65_HS1-834228961_62-HQ-83894_Section_5
Agency: FBI
Page 1
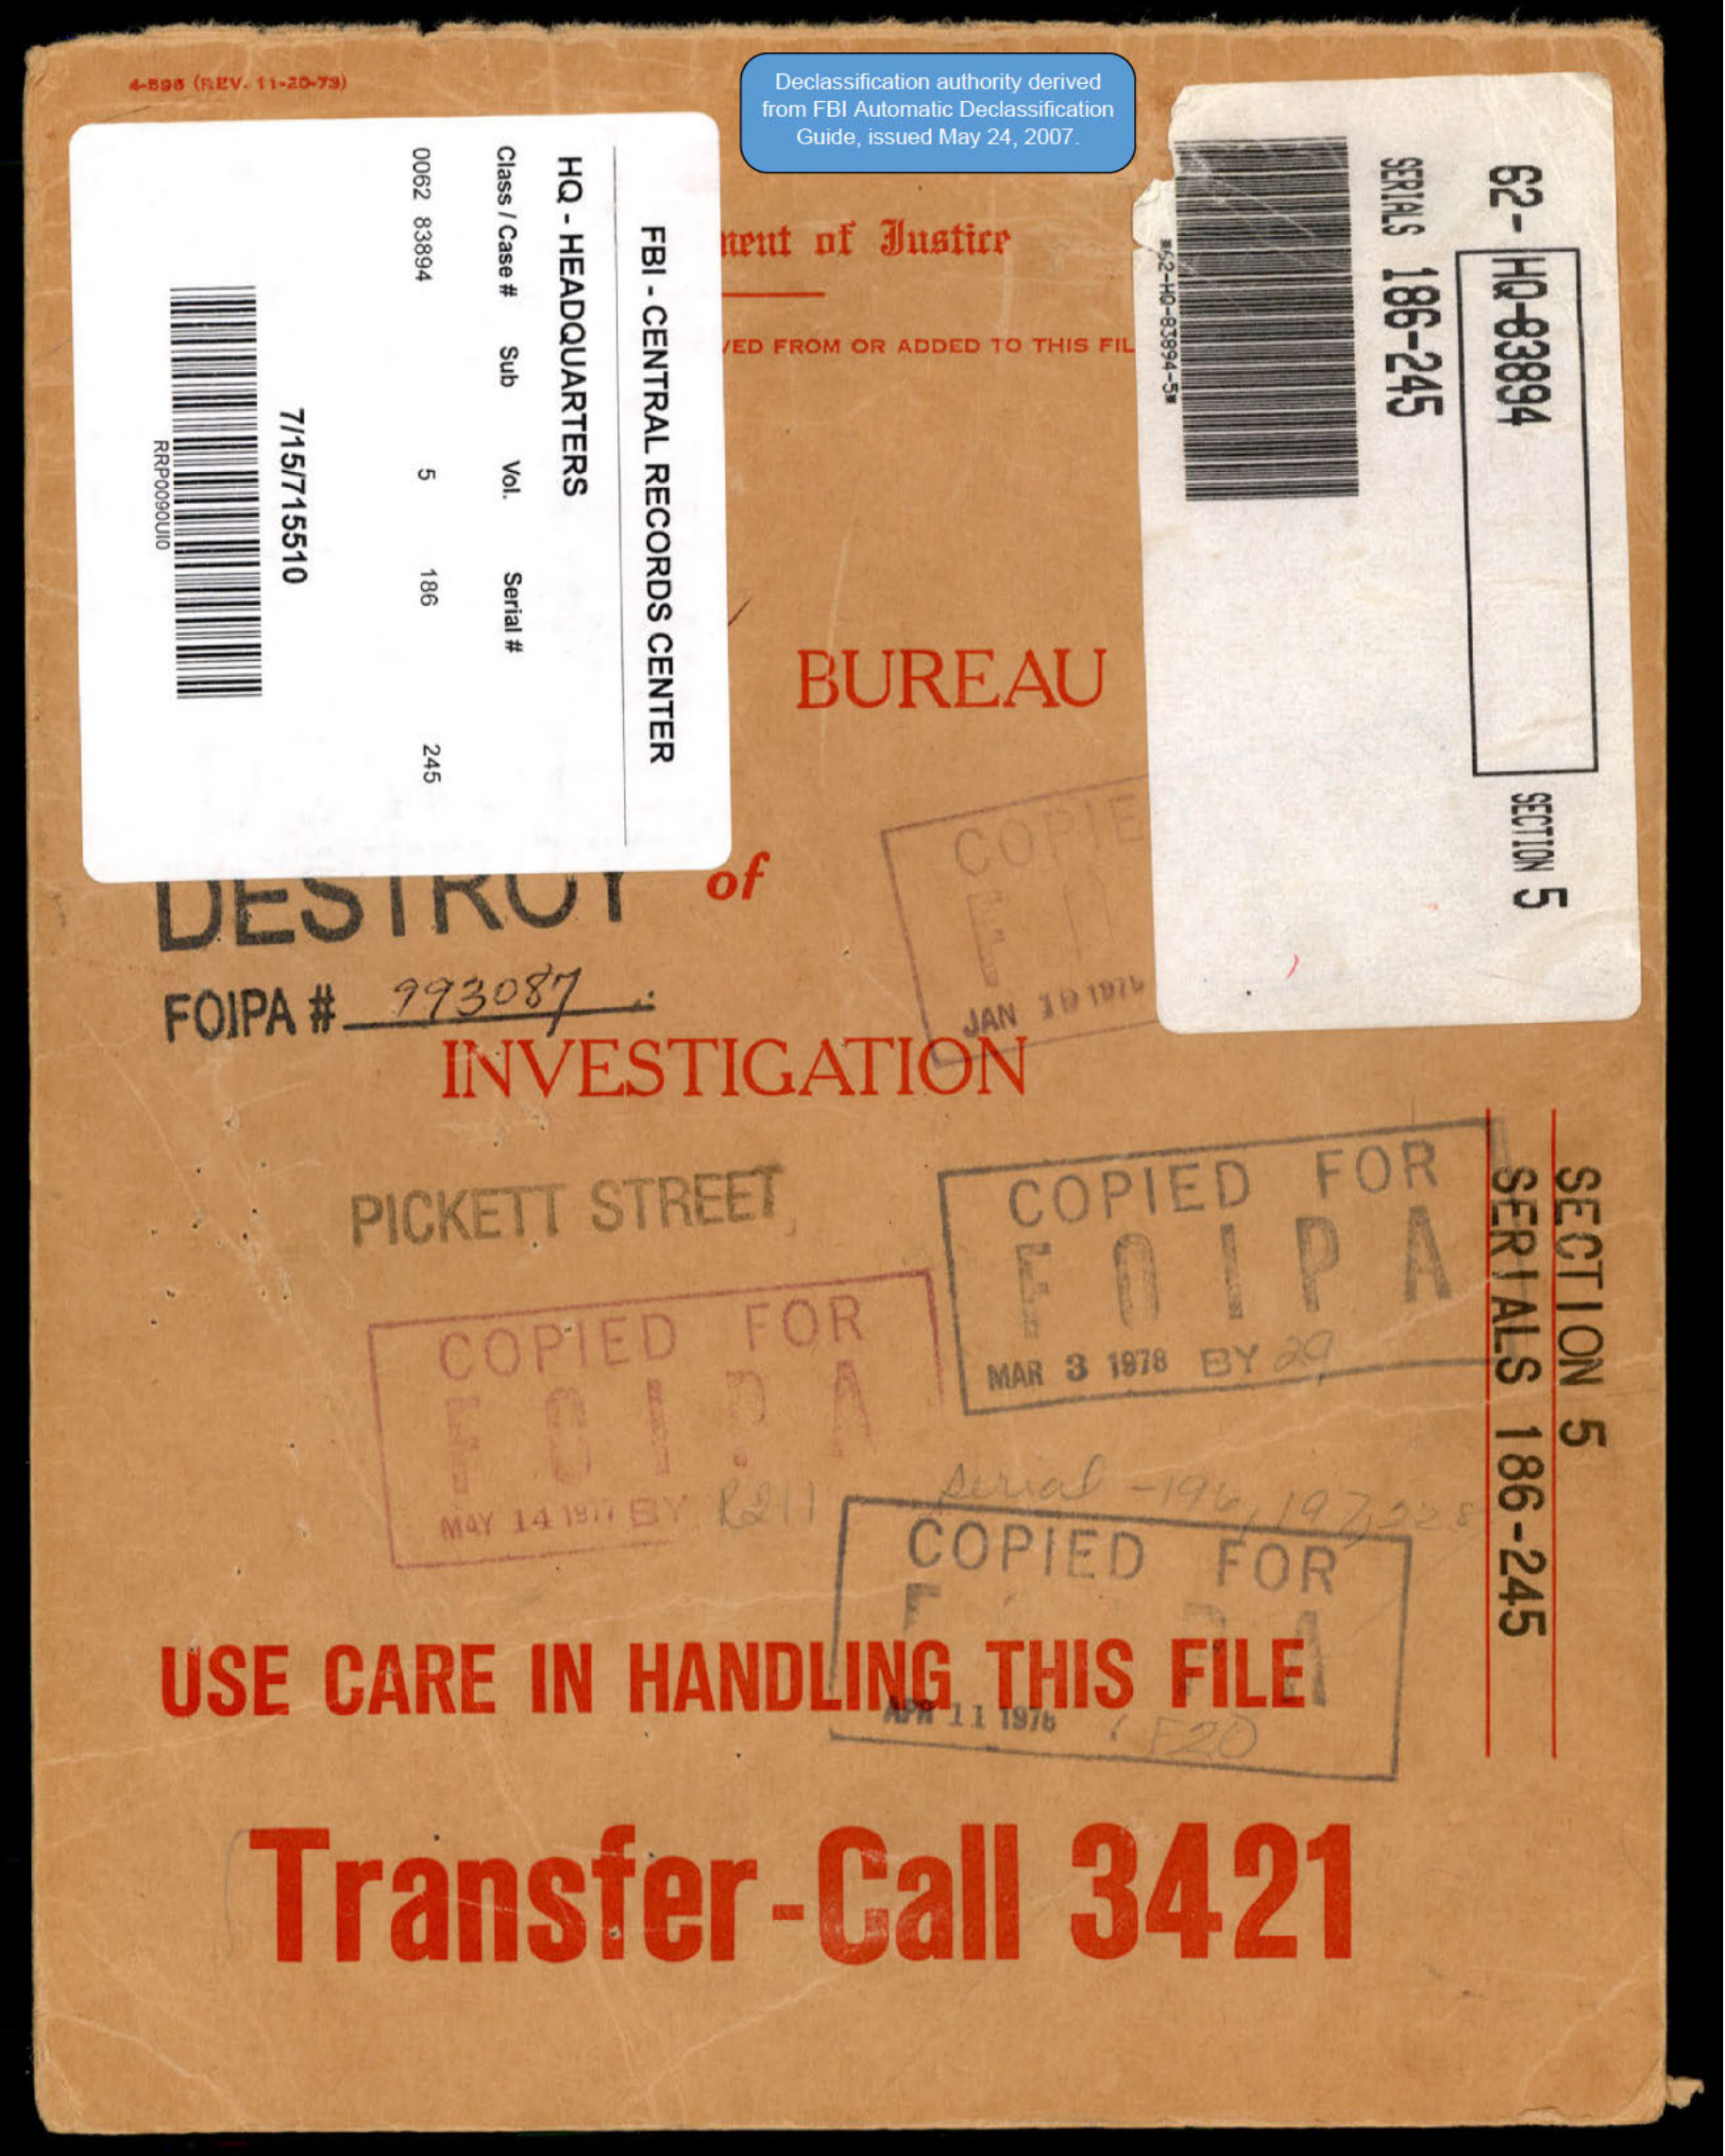